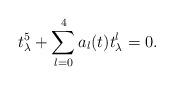
LaTeX: \begin{align*}t_\lambda^5+\sum_{l=0}^4 a_l(t)t_{\lambda}^l=0.\end{align*}